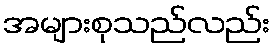
အများစုသည်လည်း